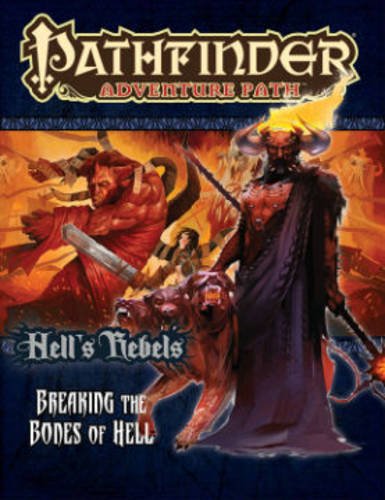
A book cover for Pathfinder Adventure Path: Hell's Rebels Part 6 - Breaking the Bones of Hell; Amber E. Scott; Science Fiction & Fantasy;